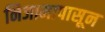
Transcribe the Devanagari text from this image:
निजामापासून